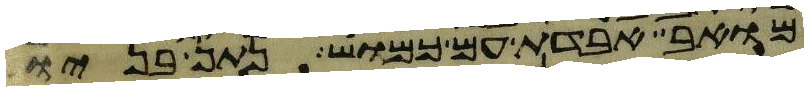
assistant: מואב אבדת עם כמוש נתן בניו